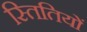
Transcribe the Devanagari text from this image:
स्तितियों